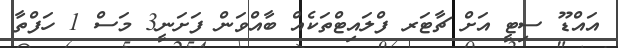
އައްޑޫ ސިޓީ އަށް ޗާޓަރ ފްލައިޓްތަކެއް ބާއްވަން ފަށަނީ3 މަސް 1 ހަފްތާ